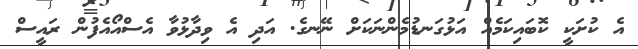
އެ ކުށަކީ ކޮބައިކަމެއް އަޅުގަނޑުމެންނަކަށް ނޭނގެ. އަދި އެ ވިދާޅުވާ އެސްއޯއެފުން ރައީސް